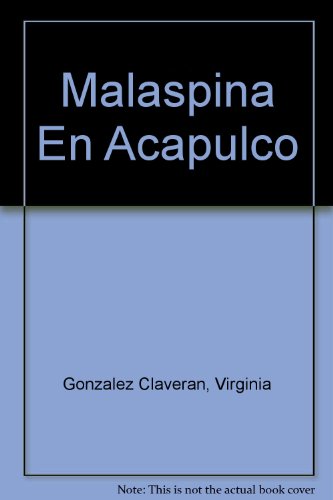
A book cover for Malaspina En Acapulco (Spanish Edition); Virginia Gonzalez Claveran; Travel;